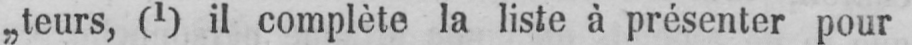
„teurs, (1) il complète la liste à présenter pour